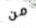
من